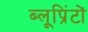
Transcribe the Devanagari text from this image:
ब्लूप्रिंटों